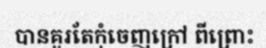
បានគួរតែកុំចេញក្រៅ ពីព្រោះ